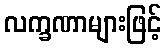
လက္ခဏာများဖြင့်